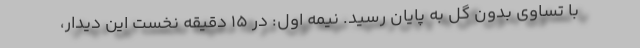
با تساوی بدون گل به پایان رسید. نیمه اول: در ١۵ دقیقه نخست این دیدار،